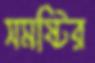
সমষ্টির